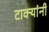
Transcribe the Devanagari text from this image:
टाक्यांनी